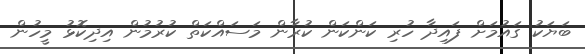
ބަޔަކު ގައުމަށް ފައިދާ ހުރި ކަންކަން ކުރާން މަސައްކަތް ކުރުމުން އިދިކޮޅު މީހުން